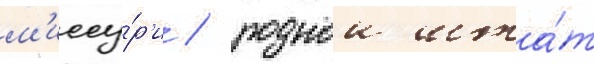
м'иссу́р'и / роднои шта́т